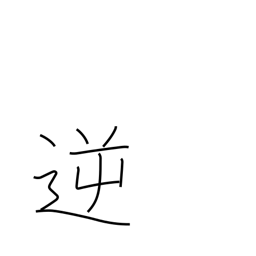
Meaning: wicked